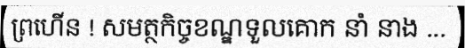
ព្រហើន ! សមត្ថកិច្ចខណ្ឌទួលគោក នាំ នាង ...